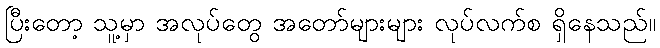
ပြီးတော့ သူ့မှာ အလုပ်တွေ အတော်များများ လုပ်လက်စ ရှိနေသည်။